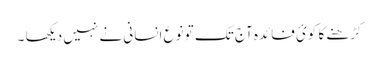
کڑھنے کا کوئ فائدہ آج تک تو نوع انسانی نے نہیں دیکھا ۔